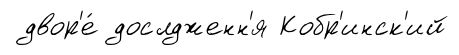
двор'е́ дослдженн'я Кобр'инск'ий